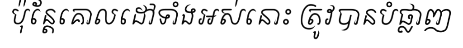
ប៉ុន្តែគោលដៅទាំងអស់នោះ ត្រូវបានបំផ្លាញ